Report on vaccination North-West Frontier Province 1904-1922 - 1904-1922
Year: 1904
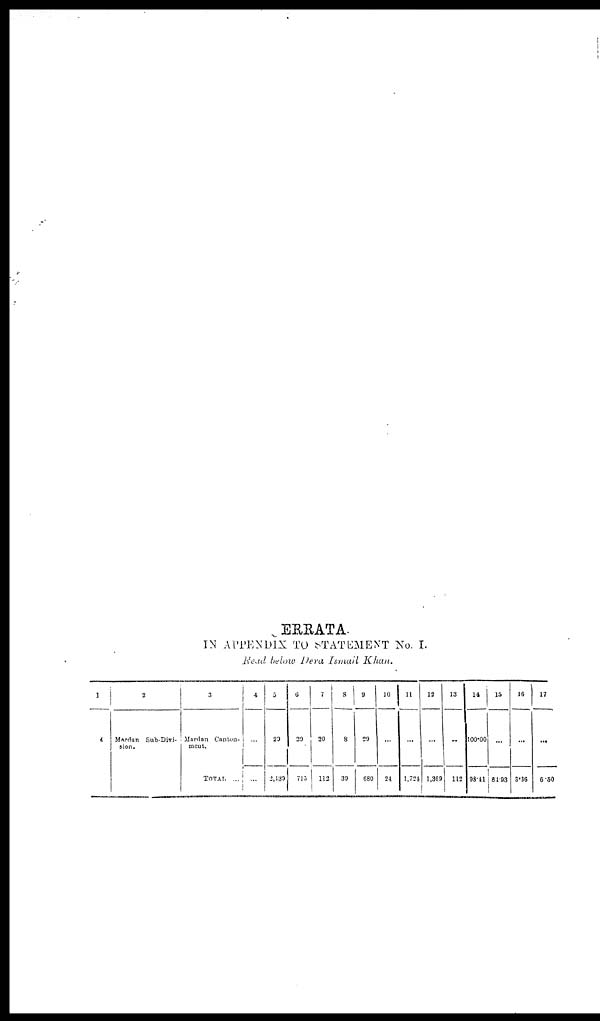
ERRATA.
IN APPENDIX TO STATEMENT No. I.
Read below Dera Ismail Khan.
1
4
2
Mardan Sub-Divi-
sion.
3
Mardan Canton-
ment.
TOTAL
...
4
...
...
5
29
2,439
6
29
715
7
20
112
8
8
39
9
29
680
10
...
24
11
...
1,724
12
...
1,369
13
...
112
14
100.00
98.41
15
...
84.93
16
...
3.36
17
...
6.50